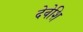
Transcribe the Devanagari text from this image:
देवेशि